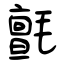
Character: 氈